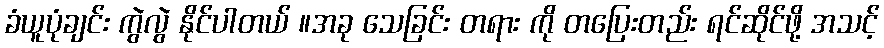
ခံယူပုံချင်း ကွဲလွဲ နိုင်ပါတယ် ။အခု သေခြင်း တရား ကို တပြေးတည်း ရင်ဆိုင်ဖို့ အသင့်